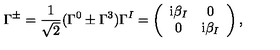
\Gamma ^ { \pm } = \frac { 1 } { \sqrt { 2 } } ( \Gamma ^ { 0 } \pm \Gamma ^ { 3 } ) \Gamma ^ { I } = \left( \begin{array} { c c } { \mathrm { i } \beta _ { I } } & { 0 } \\ { 0 } & { \mathrm { i } \beta _ { I } } \\ \end{array} \right) ,